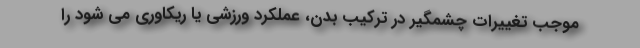
موجب تغییرات چشمگیر در ترکیب بدن، عملکرد ورزشی یا ریکاوری می شود را